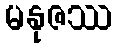
မနုဇဿ